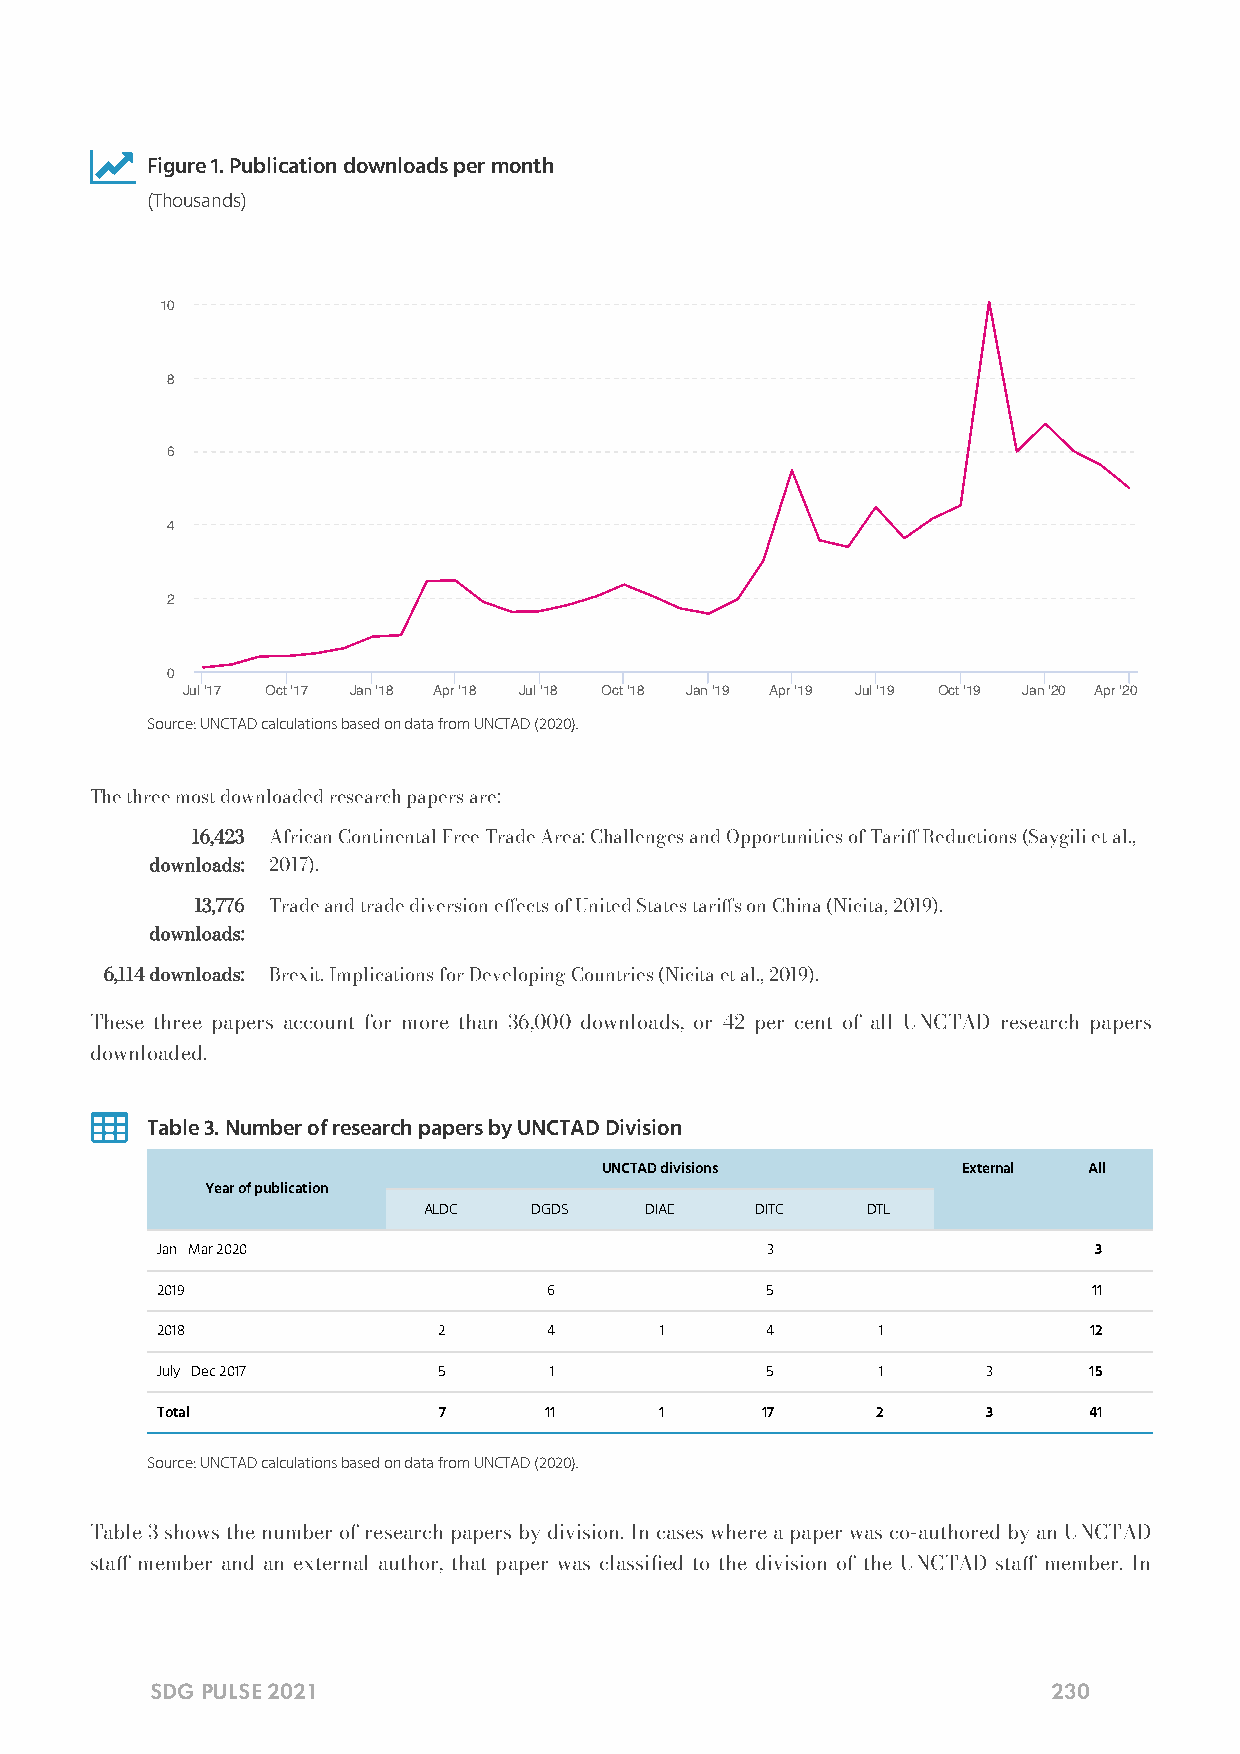

 Figure 1. Publication downloads per month
 (Thousands)
 10
 8
 6
 4
 2
 0
 Jul '17 Oct '17 Jan '18 Apr '18 Jul '18 Oct '18 Jan '19 Apr '19 Jul '19 Oct '19 Jan '20 Apr '20
 Source: UNCTAD calculations based on data from UNCTAD (2020).
 The three most downloaded research papers are:
 16,423 African Continental Free Trade Area: Challenges and Opportunities of Tari Reductions (Saygili et al.,
 downloads: 2017).
 13,776 Trade and trade diversion eects of United States taris on China (Nicita, 2019).
 downloads:
 6,114 downloads: Brexit. Implications for Developing Countries (Nicita et al., 2019).
 These three papers account for more than 36,000 downloads, or 42 per cent of all UNCTAD research papers
 downloaded.
 
 Table 3. Number of research papers by UNCTAD Division
 UNCTAD divisions        External All
 Year of publication
 ALDC   DGDS    DIAE   DITC   DTL
 Jan - Mar 2020     -      -       -      3      -      -      3
 2019               -      6       -      5      -      -      11
 2018               2      4       1      4      1      -      12
 July - Dec 2017    5      1       -      5      1      3      15
 Total              7      11      1     17      2      3      41
 Source: UNCTAD calculations based on data from UNCTAD (2020).
 Table 3 shows the number of research papers by division. In cases where a paper was co-authored by an UNCTAD
 sta member and an external author, that paper was classied to the division of the UNCTAD sta member. In
 SDG PULSE 2021                                              230